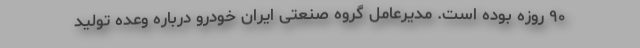
۹۰ روزه بوده است. مدیرعامل گروه صنعتی ایران خودرو درباره وعده تولید